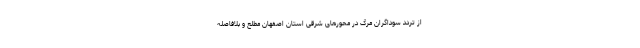
از تردد سوداگران مرگ در محورهای شرقی استان اصفهان مطلع و بلافاصله